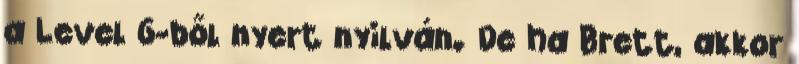
a Level 6-ből nyert nyilván. De ha Brett, akkor